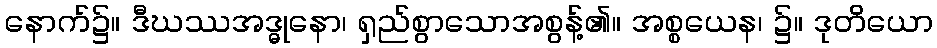
နောက်၌။ ဒီဃဿအဒ္ဓုနော၊ ရှည်စွာသောအစွန့်၏။ အစ္စယေန၊ ၌။ ဒုတိယော